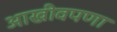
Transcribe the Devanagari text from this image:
आखीवपणा